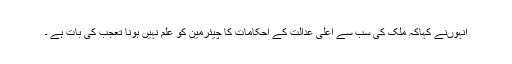
انہوںنے کہاکہ ملک کی سب سے اعلی عدالت کے احکامات کا چیئرمین کو علم نہیں ہونا تعجب کی بات ہے ۔